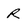
Character: R